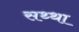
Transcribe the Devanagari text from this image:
सथ्था